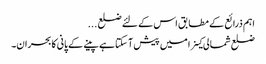
اہم ذرائع کے مطابق اس کے لئے ضلع ...
ضلع شمالی کینرا میں پیش آ سکتا ہے پینے کے پانی کابحران۔